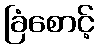
ခြံစောင့်